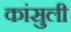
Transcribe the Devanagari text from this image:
कांसुली